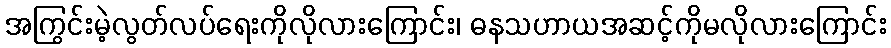
အကြွင်းမဲ့လွတ်လပ်ရေးကိုလိုလားကြောင်း၊ ဓနသဟာယအဆင့်ကိုမလိုလားကြောင်း